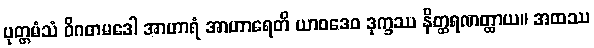
ပုတ္တမံသံ ဝိဂတမဒေါ အာဟာရံ အာဟာရေတိ ယာဝဒေဝ ဒုက္ခဿ နိတ္ထရဏတ္ထာယ။ အထဿ